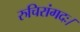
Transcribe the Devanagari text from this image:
रुचिरांगदः।